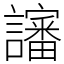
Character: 讅